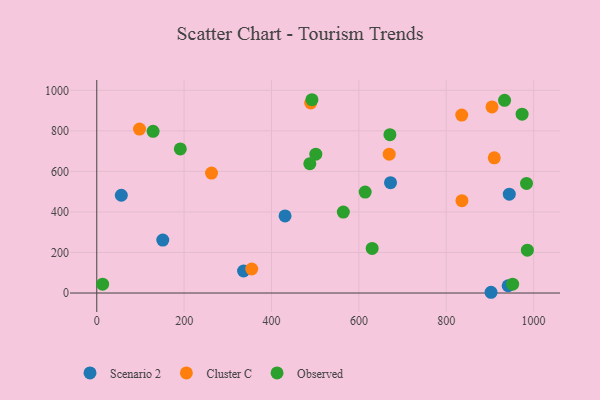
{"axis": {"x": "Price", "y": "Demand"}, "legend": ["Cluster C", "Observed", "Scenario 2"], "data": [{"x": "151.1", "y": 261.2, "type": "Scenario 2"}, {"x": "336.0", "y": 108.7, "type": "Scenario 2"}, {"x": "902.5", "y": 3.7, "type": "Scenario 2"}, {"x": "56.2", "y": 482.2, "type": "Scenario 2"}, {"x": "672.4", "y": 544.2, "type": "Scenario 2"}, {"x": "944.3", "y": 487.8, "type": "Scenario 2"}, {"x": "431.0", "y": 380.2, "type": "Scenario 2"}, {"x": "941.7", "y": 35.8, "type": "Scenario 2"}, {"x": "97.8", "y": 808.6, "type": "Cluster C"}, {"x": "904.7", "y": 918.1, "type": "Cluster C"}, {"x": "262.7", "y": 591.9, "type": "Cluster C"}, {"x": "835.4", "y": 877.8, "type": "Cluster C"}, {"x": "909.9", "y": 666.7, "type": "Cluster C"}, {"x": "669.4", "y": 684.9, "type": "Cluster C"}, {"x": "489.7", "y": 937.4, "type": "Cluster C"}, {"x": "835.9", "y": 455.7, "type": "Cluster C"}, {"x": "354.7", "y": 118.4, "type": "Cluster C"}, {"x": "983.7", "y": 540.5, "type": "Observed"}, {"x": "933.5", "y": 950.3, "type": "Observed"}, {"x": "671.0", "y": 780.9, "type": "Observed"}, {"x": "985.7", "y": 211.3, "type": "Observed"}, {"x": "492.5", "y": 953.5, "type": "Observed"}, {"x": "487.7", "y": 637.9, "type": "Observed"}, {"x": "564.4", "y": 399.1, "type": "Observed"}, {"x": "501.4", "y": 685.1, "type": "Observed"}, {"x": "13.4", "y": 43.5, "type": "Observed"}, {"x": "952.0", "y": 43.7, "type": "Observed"}, {"x": "614.4", "y": 497.8, "type": "Observed"}, {"x": "128.9", "y": 797.7, "type": "Observed"}, {"x": "630.4", "y": 220.2, "type": "Observed"}, {"x": "191.2", "y": 710.8, "type": "Observed"}, {"x": "973.6", "y": 882.4, "type": "Observed"}]}